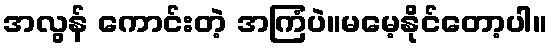
အလွန် ကောင်းတဲ့ အကြံပဲ။မမေ့နိုင်တော့ပါ။